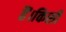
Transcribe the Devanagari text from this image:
हैं।किसी